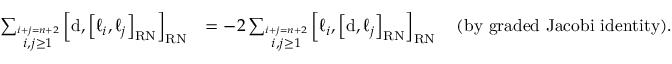
\begin{array} { r l } { \sum _ { \overset { i + j = n + 2 } { i , j \geq 1 } } \left[ \mathrm { d } , \left[ \ell _ { i } , \ell _ { j } \right] _ { \mathrm { \tiny { R N } } } \right] _ { \mathrm { \tiny { R N } } } } & { = - 2 \sum _ { \overset { i + j = n + 2 } { i , j \geq 1 } } \left[ \ell _ { i } , \left[ \mathrm { d } , \ell _ { j } \right] _ { \mathrm { \tiny { R N } } } \right] _ { \mathrm { \tiny { R N } } } \quad \mathrm { ( b y ~ g r a d e d ~ J a c o b i ~ i d e n t i t y ) } . } \end{array}